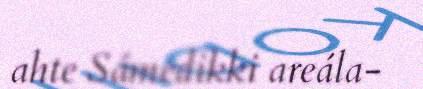
ahte Sámedikki areála-